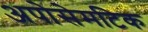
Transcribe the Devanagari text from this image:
अपोसेमटिक